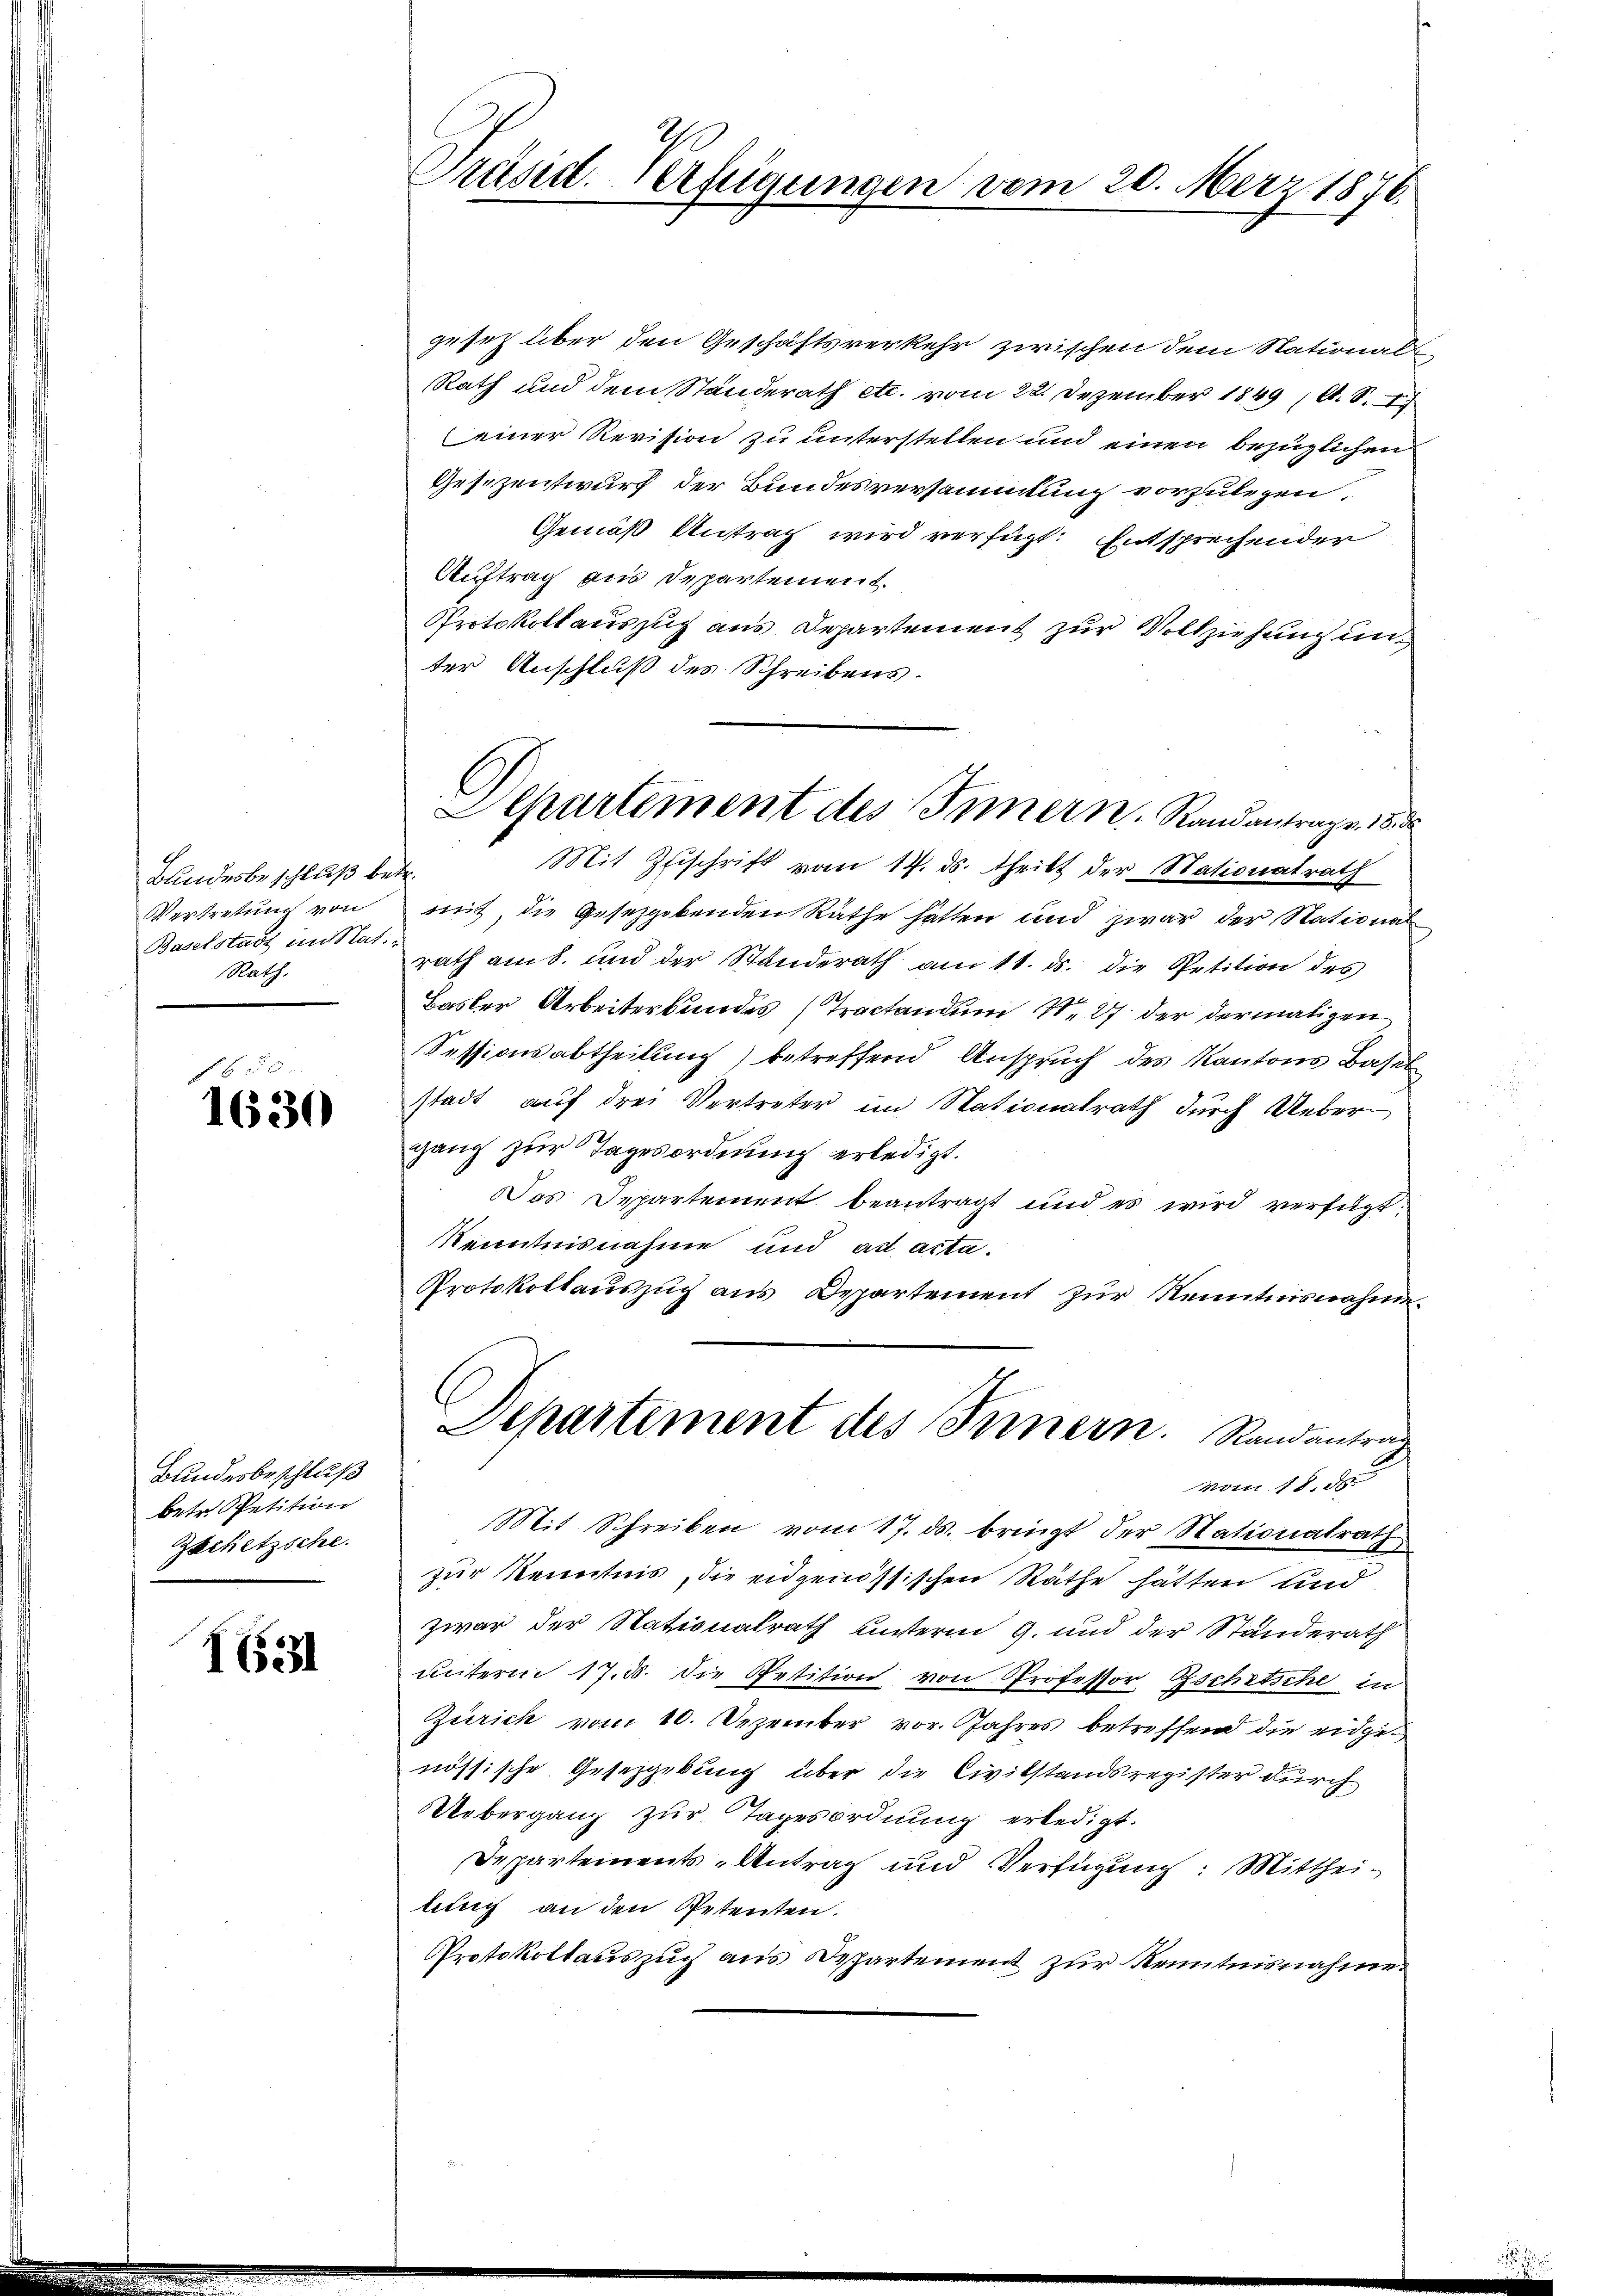
Bundesbeschluß betr.
Vertretung von
Baselstadt im Stat.
Rath.

650.
1630

Bundesbeschluß
betr. Spetition
Zechetzsche.

163

Präsid. Verfügungen vom 20. März 1876.

gesetz über den Geschäftsverkehr zwischen dem Stational-
Rath und dem Standerath etc. vom 22. Dezember 1849 (O. S. 1
(einer Revision zu unterstellen und einen bezüglichen
Gesezentwurf der Bundesversammlung vorzulegen.
Gemäß Antrag wird verfügt: Entsprechender
Auftrag aus Departement.
Protokollauszug aus Departement zur Vollziehung unter Anschluß des Schreibens.
Mit Zuschrift vom 14. ds. theilt der Nationatrath
mit, die Gesetzgebenden Räthe hatten und zwar der National
rath am 8. und der Standerath am 11. ds. die Petition des
Basler Arbeiterbundes (Tractandum 1. 27 der dermaligen
Sessionsabtheilung) betreffend Anspruch des Kantons Basel
stadt auf drei Vertreter im Stationalrath durch Ueberganz zur Tagesordnung erledigt.
Das Departement beantragt und es wird verfügt:
Kenntnisnahme und ad acta.
Protokollauszug aus Departement zur Kenntnisnahme
Departement des Innern. Randantrag
vom 18. d
Mit Schreiben vom 17. ds. bringt der Nationalrath
zur Kenntnis, die eidgenössischen Räthe hätten und
zwar der Nationalrath unterm 9. und der Standerath
unterm 17. d. die Petition von Professor Gschitsche in
Zürich vom 10. Dezember vor. Jahres betreffend die eidgenössische Gesetzgebung über die Civilstandsregister durch
Uebergang zur Tagesordnung erledigt.
Deppartements-Antrag und Verfügung: Mittheituch an den Petenten.
Protokollauszuch aus Departement zur Kenntnisnahme

Departement des Innern Randantrage 18